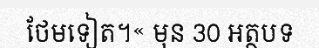
ថែមទៀត។« មុន 30 អត្ថបទ